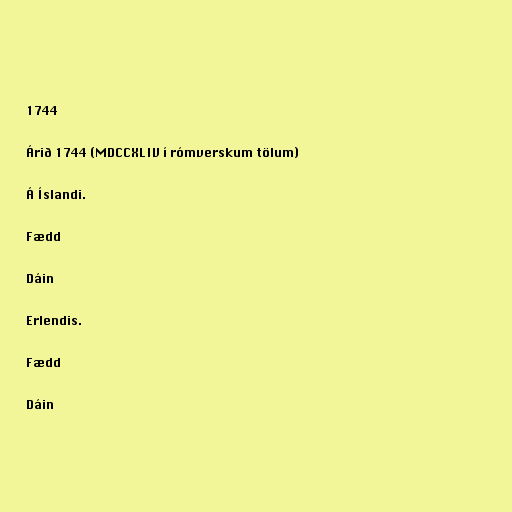
1744

Árið 1744 (MDCCXLIV í rómverskum tölum)

Á Íslandi.

Fædd

Dáin

Erlendis.

Fædd

Dáin